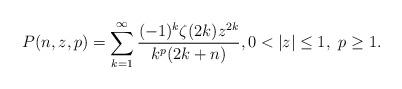
LaTeX: \begin{align*}P(n,z,p) = \sum_{k = 1}^\infty \frac{(- 1)^k \zeta (2k) z^{2k}}{k^p (2k + n)}, 0<|z|\leq 1,\,\, p\geq 1.\end{align*}